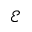
\mathcal { E }